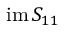
\mathrm { i m \, } S _ { 1 1 }